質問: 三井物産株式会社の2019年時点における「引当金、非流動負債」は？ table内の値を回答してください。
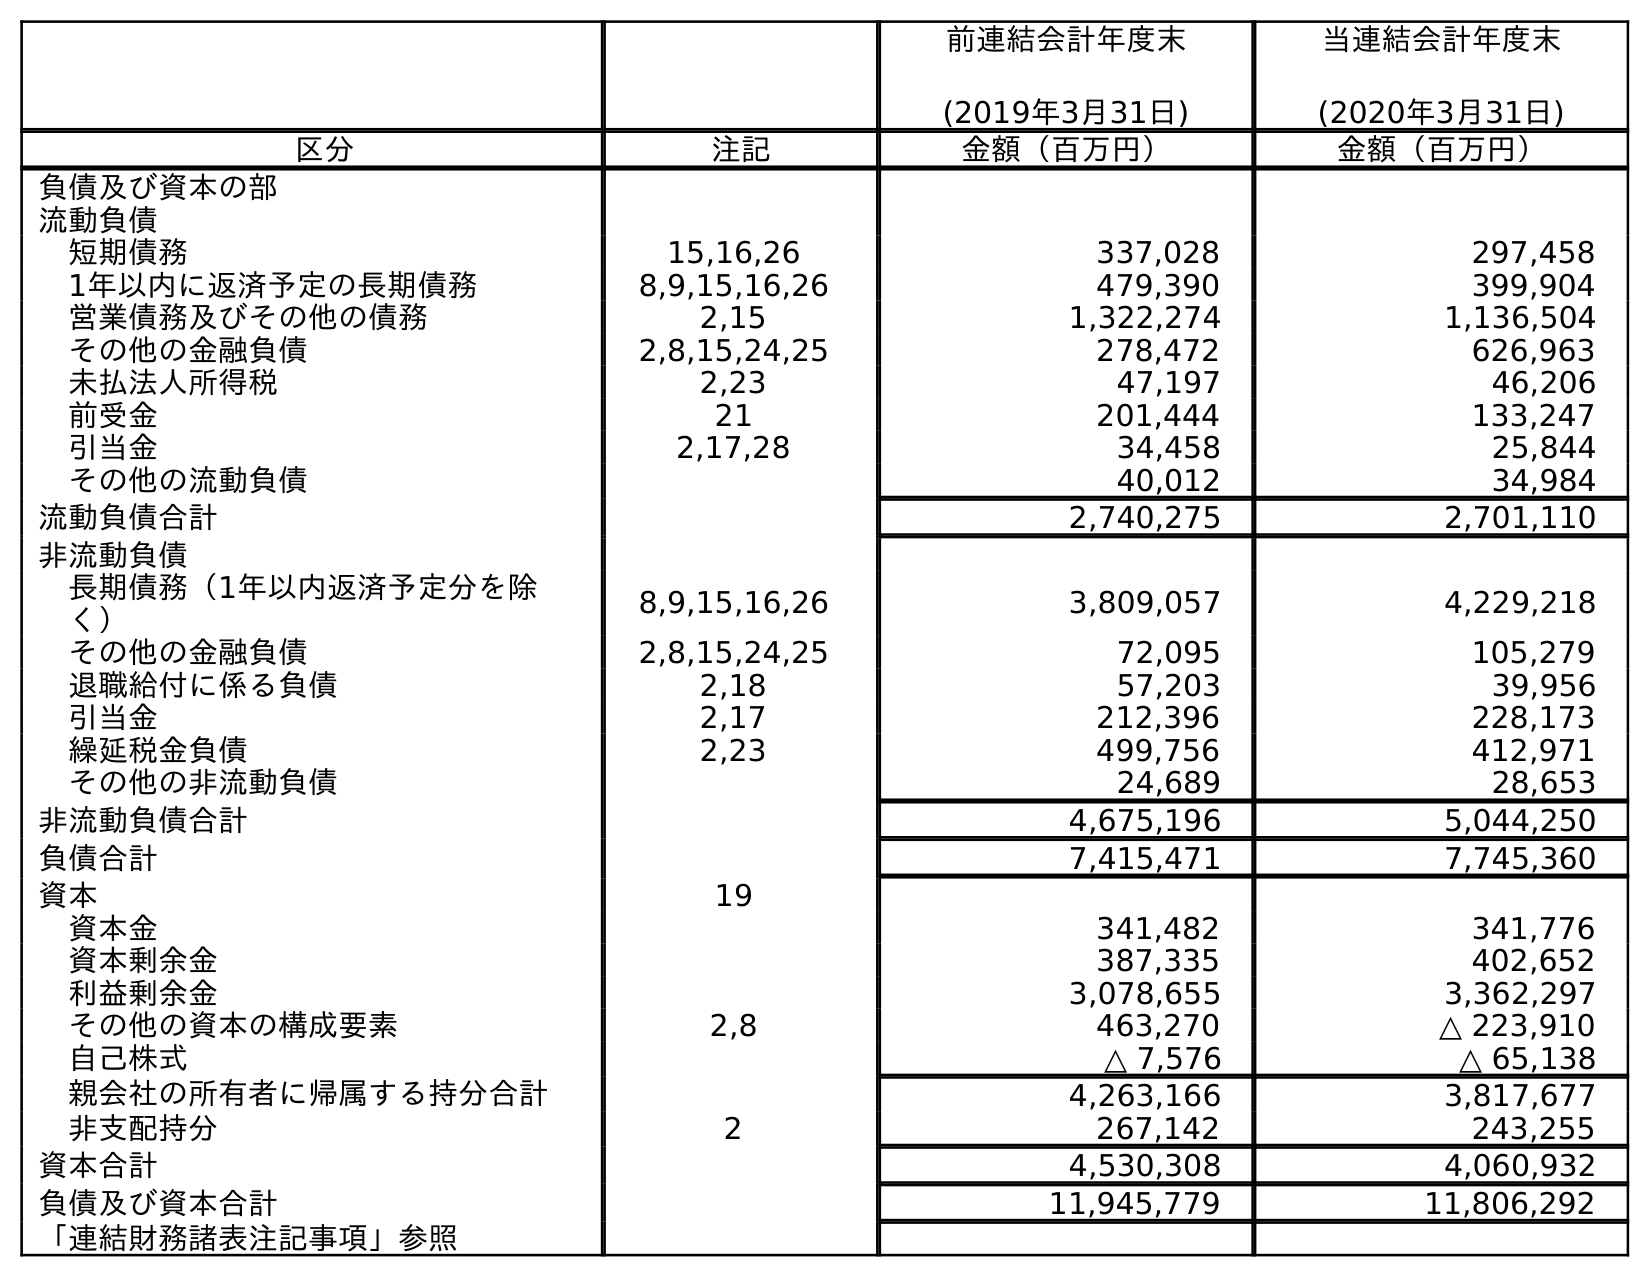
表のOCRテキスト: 前連結会計年度末 (2019年3月31日) 当連結会計年度末 (2020年3月31日) 区分 注記 金額（百万円） 金額（百万円） 負債及び資本の部 流動負債 短期債務 15,16,26 337,028 297,458 1年以内に返済予定の長期債務 8,9,15,16,26 479,390 399,904 営業債務及びその他の債務 2,15 1,322,274 1,136,504 その他の金融負債 2,8,15,24,25 278,472 626,963 未払法人所得税 2,23 47,197 46,206 前受金 21 201,444 133,247 引当金 2,17,28 34,458 25,844 その他の流動負債 40,012 34,984 流動負債合計 2,740,275 2,701,110 非流動負債 長期債務（1年以内返済予定分を除 く） 8,9,15,16,26 3,809,057 4,229,218 その他の金融負債 2,8,15,24,25 72,095 105,279 退職給付に係る負債 2,18 57,203 39,956 引当金 2,17 212,396 228,173 繰延税金負債 2,23 499,756 412,971 その他の非流動負債 24,689 28,653 非流動負債合計 4,675,196 5,044,250 負債合計 7,415,471 7,745,360 資本 19 資本金 341,482 341,776 資本剰余金 387,335 402,652 利益剰余金 3,078,655 3,362,297 その他の資本の構成要素 2,8 463,270 △ 223,910 自己株式 △ 7,576 △ 65,138 親会社の所有者に帰属する持分合計 4,263,166 3,817,677 非支配持分 2 267,142 243,255 資本合計 4,530,308 4,060,932 負債及び資本合計 11,945,779 11,806,292 「連結財務諸表注記事項」参照
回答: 212,396